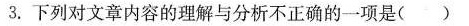
3.下列对文章内容的理解与分析不正确的一项是()A.”山川之美，古来共谈”文章感慨起笔，囊括了山水，纵览了古今。